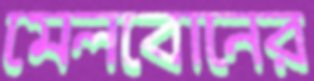
মেলবোনের